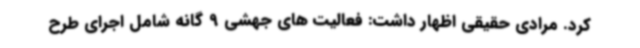
کرد. مرادی حقیقی اظهار داشت: فعالیت های جهشی 9 گانه شامل اجرای طرح